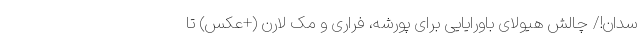
سدان!/ چالش هیولای باورایایی برای پورشه، فراری و مک لارن (+عکس) تا